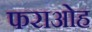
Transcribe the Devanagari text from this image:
फराओह